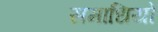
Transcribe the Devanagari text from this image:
समाधियो